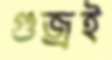
গুজ্‌রই